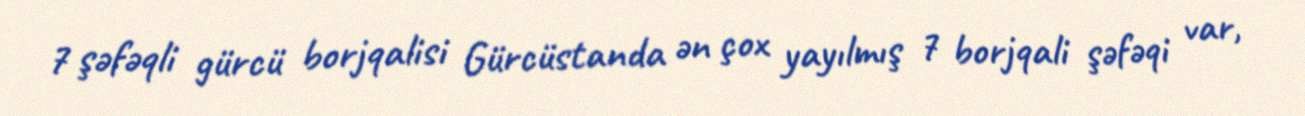
7 şəfəqli gürcü borjqalisi Gürcüstanda ən çox yayılmış 7 borjqali şəfəqi var,